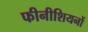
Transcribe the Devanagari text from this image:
फीनीशियनों